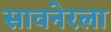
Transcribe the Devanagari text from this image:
सावनेरला